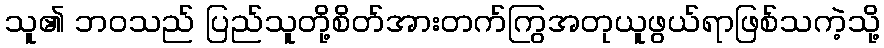
သူ၏ ဘဝသည် ပြည်သူတို့စိတ်အားတက်ကြွအတုယူဖွယ်ရာဖြစ်သကဲ့သို့